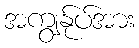
အကျွန်ုပ်အား